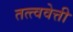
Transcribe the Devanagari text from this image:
तत्त्ववेत्ती